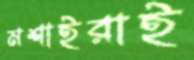
মশাইরাই